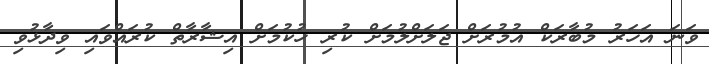
ވަނަ އަހަރު މުބާރަކް އުމުރަށް ޖަލަށްލުމަށް ކުރި ހުކުމަށް އިޝާރާތް ކުރައްވައި ވިދާޅުވި